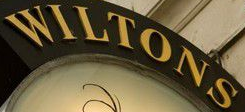
WILTONS